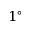
1 ^ { \circ }